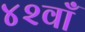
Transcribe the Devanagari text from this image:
४२वाँ